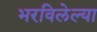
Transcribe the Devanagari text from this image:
भरविलेल्या